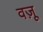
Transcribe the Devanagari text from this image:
वज़ू